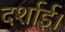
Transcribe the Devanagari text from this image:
दर्शाई।